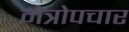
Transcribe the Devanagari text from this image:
नेत्रोपचार